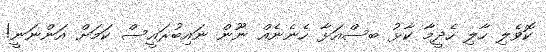
ކޮވެލި ހާލި ހެދީމާ ކާޅު ބސްއަޅާ ހެނެނެއް ނޫން ނައިބުރައީސް ކަމަށް އަންނަނީ!